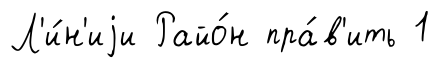
Л'и́н'иjи Райо́н пра́в'ить 1